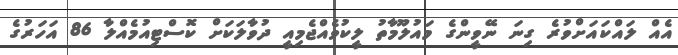
އެއް ލައްކައަށްވުރެ ގިނަ ނޭވީންގެ މައުލޫމާތު ލީކުވެއްޖެމިއީ ދުވާލަކަށް ކޮސްޓިއުމެއްލާ 86 އަހަރުގެ